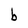
Character: b